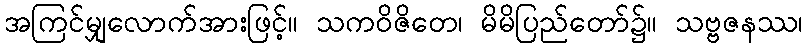
အကြင်မျှလောက်အားဖြင့်။ သကဝိဇိတေ၊ မိမိပြည်တော်၌။ သဗ္ဗဇနဿ၊